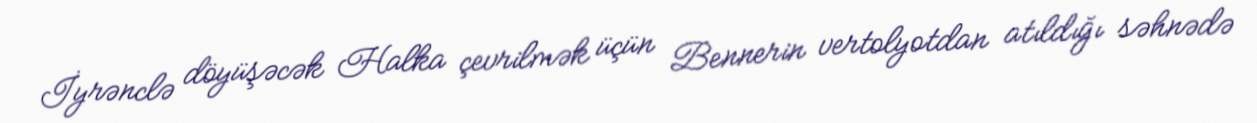
İyrənclə döyüşəcək Halka çevrilmək üçün Bennerin vertolyotdan atıldığı səhnədə